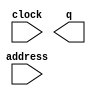
module DynamicDelay_Start (
	address,
	clock,
	q);

	input	[0:0]  address;
	input	  clock;
	output	[127:0]  q;

endmodule